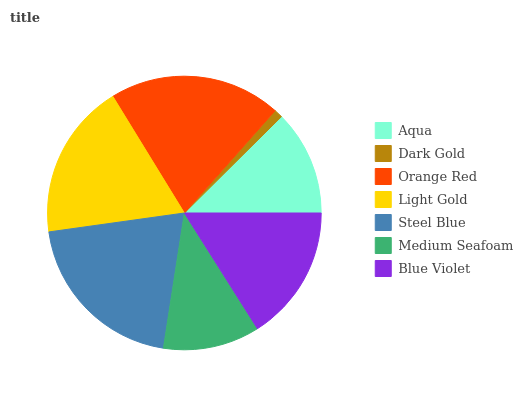
| Aqua | Dark Gold | Orange Red | Light Gold | Steel Blue | Medium Seafoam | Blue Violet |
 | --- | --- | --- | --- | --- | --- | --- |
 | 12.4% | 1.02% | 20.3% | 18.4% | 20.3% | 11.4% | 16% |